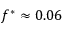
f ^ { \ast } \approx 0 . 0 6